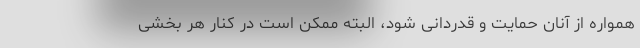
همواره از آنان حمایت و قدردانی شود، البته ممکن است در کنار هر بخشی